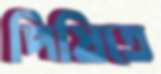
পিষিতে